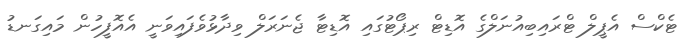
ޓެކްސް އެޕީލް ޓްރައިބިއުނަލްގެ އޮޑިޓް ރިޕޯޓުގައި އޮޑިޓާ ޖެނަރަލް ވިދާޅުވެފައިވަނީ އެއޮފީހުން މައިގަނޑު